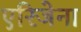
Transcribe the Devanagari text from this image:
एरिजेना